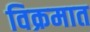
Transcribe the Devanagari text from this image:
विक्रमात